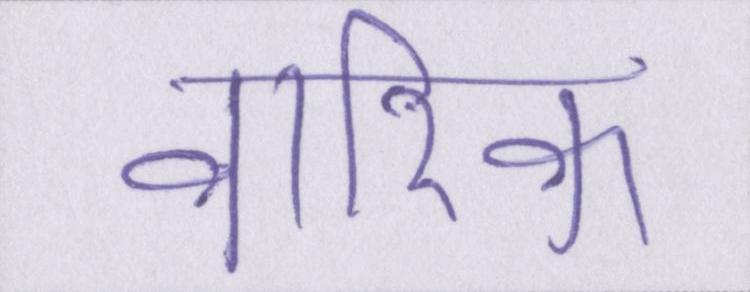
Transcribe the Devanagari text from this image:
वारिक